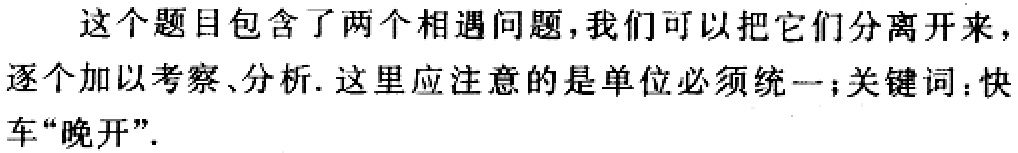
这个题目包含了两个相遇问题，我们可以把它们分离开来，逐个加以考察、分析. 这里应注意的是单位必须统一；关键词：快车“晚开”.